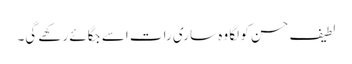
لطیف حسن کو لگا وہ ساری رات اسے جگائے رکھے گی۔